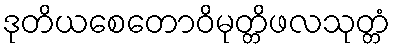
ဒုတိယစေတောဝိမုတ္တိဖလသုတ္တံ